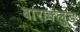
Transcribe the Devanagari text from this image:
बाराक्लुड